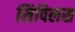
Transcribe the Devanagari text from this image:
सिपिलस